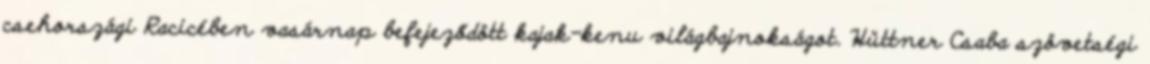
csehországi Racicében vasárnap befejeződött kajak-kenu világbajnokságot. Hüttner Csaba szövetségi